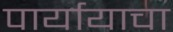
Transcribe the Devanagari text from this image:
पार्यायाचा